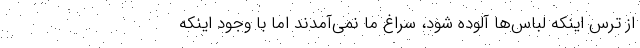
از ترس اینکه لباس‌ها آلوده شود، سراغ ما نمی‌آمدند اما با وجود اینکه